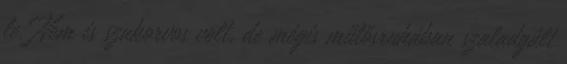
le. Nem is szakorvos volt, de mégis műtősruhában szaladgált